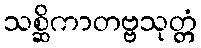
သစ္ဆိကာတဗ္ဗသုတ္တံ